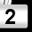
Digit: 2